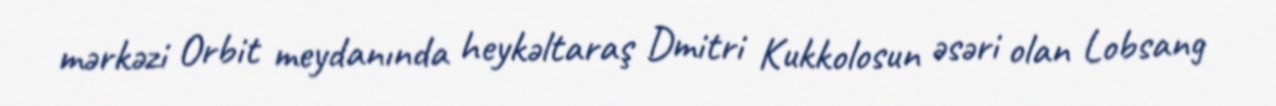
mərkəzi Orbit meydanında heykəltaraş Dmitri Kukkolosun əsəri olan Lobsang